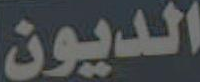
الديون